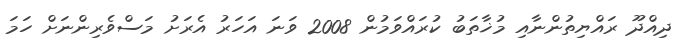
ދިއްދޫ ރައްޔިތުންނާއި މުޚާތަބު ކުރައްވަމުން 2008 ވަނަ އަހަރު އެރަށު މަސްވެރިންނަށް ހަމަ